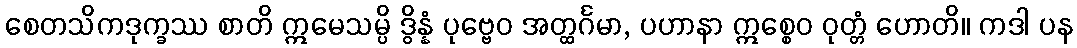
စေတသိကဒုက္ခဿ စာတိ ဣမေသမ္ပိ ဒွိန္နံ ပုဗ္ဗေဝ အတ္ထင်္ဂမာ, ပဟာနာ ဣစ္စေဝ ဝုတ္တံ ဟောတိ။ ကဒါ ပန